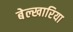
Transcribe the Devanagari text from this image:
बेल्खारिया